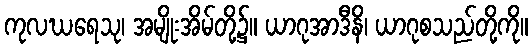
ကုလဃရေသု၊ အမျိုးအိမ်တို့၌။ ယာဂုအာဒီနိ၊ ယာဂုစသည်တို့ကို။